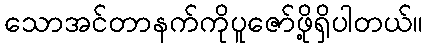
သောအင်တာနက်ကိုပူဇော်ဖို့ရှိပါတယ်။